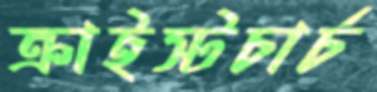
ক্রাইস্টচার্চ